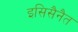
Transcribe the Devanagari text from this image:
इसिसैनैत